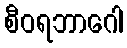
စီဝရဘာဂေါ